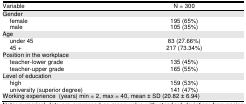
<table><thead><tr><td><b>Variable</b></td><td><b>N = 300</b></td></tr></thead><tbody><tr><td colspan="2">Gender</td></tr><tr><td> female</td><td>195 (65%)</td></tr><tr><td> male</td><td>105 (35%)</td></tr><tr><td colspan="2">Age</td></tr><tr><td> under 45</td><td>83 (27.66%)</td></tr><tr><td> 45 +</td><td>217 (73.34%)</td></tr><tr><td colspan="2">Position in the workplace</td></tr><tr><td> teacher-lower grade</td><td>135 (45%)</td></tr><tr><td> teacher-upper grade</td><td>165 (55%)</td></tr><tr><td colspan="2">Level of education</td></tr><tr><td> high</td><td>159 (53%)</td></tr><tr><td> university (superior degree)</td><td>141 (47%)</td></tr><tr><td colspan="2">Working experience (years) min = 2, max = 40, mean ± SD (20.82 ± 6.94)</td></tr></tbody></table>